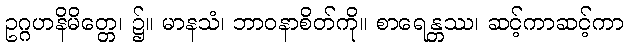
ဥဂ္ဂဟနိမိတ္တေ၊ ၌။ မာနသံ၊ ဘာဝနာစိတ်ကို။ စာရေန္တဿ၊ ဆင့်ကာဆင့်ကာ